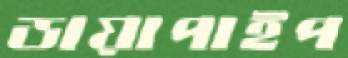
ডায়াপাইপ